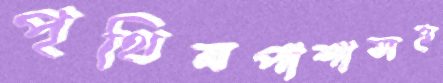
পৃথিমপাশাসহ